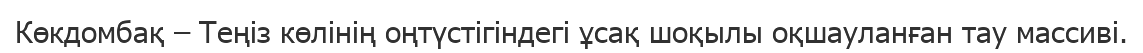
Көкдомбақ – Теңіз көлінің оңтүстігіндегі ұсақ шоқылы оқшауланған тау массиві.